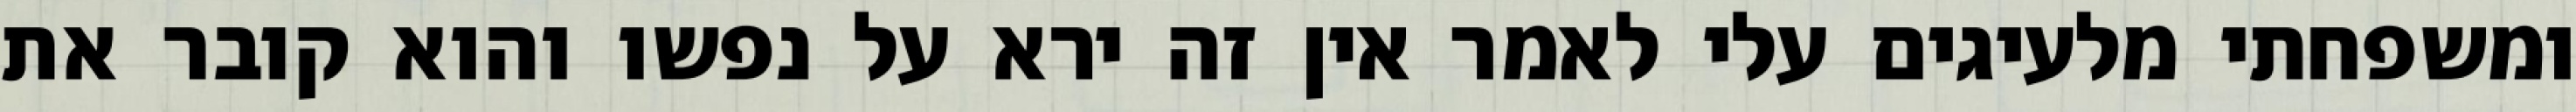
ומשפחתי מלעיגים עלי לאמר אין זה ירא על נפשו והוא קובר את